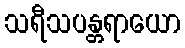
သရီသပန္တရာယော